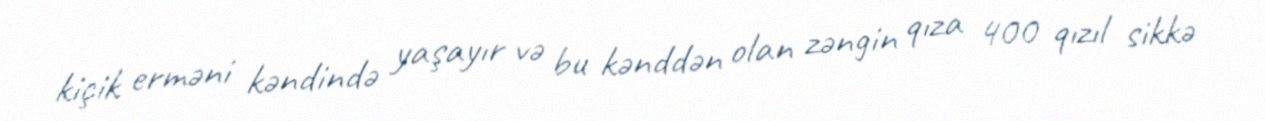
kiçik erməni kəndində yaşayır və bu kənddən olan zəngin qıza 400 qızıl sikkə